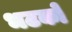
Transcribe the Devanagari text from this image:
भटकों